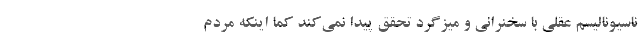
ناسیونالیسم عقلی با سخنرانی و میزگرد تحقق پیدا نمی­کند کما اینکه مردمِ